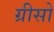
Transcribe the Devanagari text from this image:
ग्रीसो